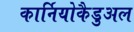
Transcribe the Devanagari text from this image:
कार्नियोकैडुअल